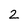
Character: 2